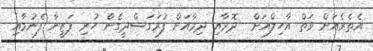
އެތެރެއަށް ވަތް އާހިލްއަށް  ދޮރާއި ދިމާއަށް ފުރަގަސްދީގެން ހުރި ފަޒީނާ ފެނުމާއި